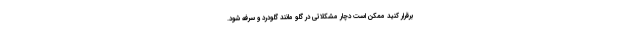
برقرار کنید ممکن است دچار مشکلاتی در گلو مانند گلودرد و سرفه شود.